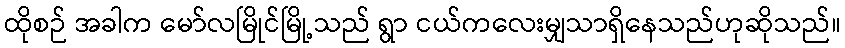
ထိုစဉ် အခါက မော်လမြိုင်မြို့သည် ရွာ ငယ်ကလေးမျှသာရှိနေသည်ဟုဆိုသည်။